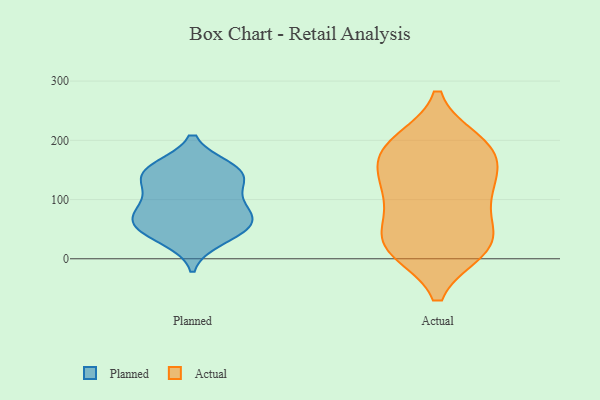
{"axis": {"x": "Population (Million)", "y": "Value"}, "legend": ["Actual", "Planned"], "data": [{"x": "", "y": 95, "type": "Planned"}, {"x": "", "y": 132, "type": "Planned"}, {"x": "", "y": 72, "type": "Planned"}, {"x": "", "y": 51, "type": "Planned"}, {"x": "", "y": 47, "type": "Planned"}, {"x": "", "y": 151, "type": "Planned"}, {"x": "", "y": 66, "type": "Planned"}, {"x": "", "y": 65, "type": "Planned"}, {"x": "", "y": 136, "type": "Planned"}, {"x": "", "y": 147, "type": "Planned"}, {"x": "", "y": 97, "type": "Planned"}, {"x": "", "y": 153, "type": "Planned"}, {"x": "", "y": 33, "type": "Planned"}, {"x": "", "y": 184, "type": "Actual"}, {"x": "", "y": 139, "type": "Actual"}, {"x": "", "y": 110, "type": "Actual"}, {"x": "", "y": 16, "type": "Actual"}, {"x": "", "y": 168, "type": "Actual"}, {"x": "", "y": 17, "type": "Actual"}, {"x": "", "y": 30, "type": "Actual"}, {"x": "", "y": 190, "type": "Actual"}, {"x": "", "y": 111, "type": "Actual"}, {"x": "", "y": 111, "type": "Actual"}, {"x": "", "y": 19, "type": "Actual"}, {"x": "", "y": 32, "type": "Actual"}, {"x": "", "y": 196, "type": "Actual"}, {"x": "", "y": 182, "type": "Actual"}, {"x": "", "y": 63, "type": "Actual"}]}